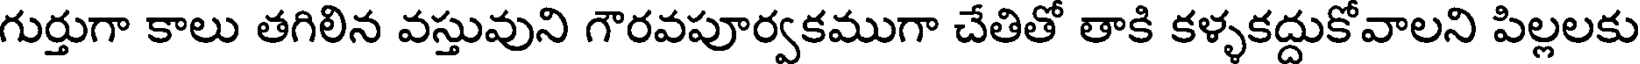
గుర్తుగా కాలు తగిలిన వస్తువుని గౌరవపూర్వకముగా చేతితో తాకి కళ్ళకద్దుకోవాలని పిల్లలకు